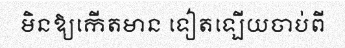
មិនឱ្យកើតមាន ទៀតឡើយចាប់ពី